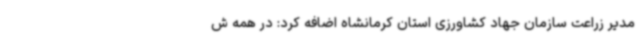
مدیر زراعت سازمان جهاد کشاورزی استان کرمانشاه اضافه کرد: در همه ش